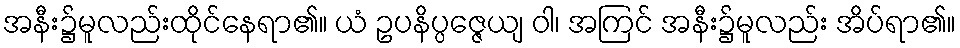
အနီး၌မူလည်းထိုင်နေရာ၏။ ယံ ဥပနိပ္ပဇ္ဇေယျ ဝါ၊ အကြင် အနီး၌မူလည်း အိပ်ရာ၏။